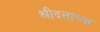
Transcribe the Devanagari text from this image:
श्रीदत्ताच्या